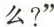
么?”